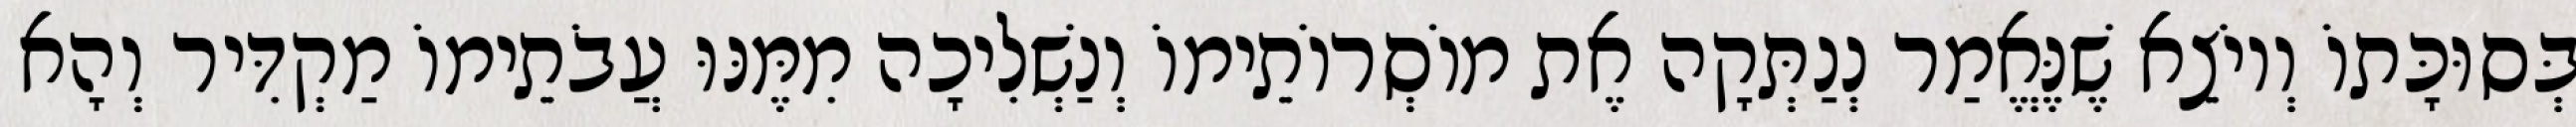
בְּסוּכָּתוֹ וְיוֹצֵא שֶׁנֶּאֱמַר נְנַתְּקָה אֶת מוֹסְרוֹתֵימוֹ וְנַשְׁלִיכָה מִמֶּנּוּ עֲבֹתֵימוֹ מַקְדִּיר וְהָא